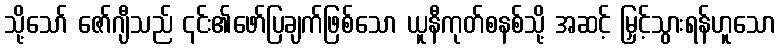
သို့သော် ဇော်ဂျီသည် ၎င်း၏ဖော်ပြချက်ဖြစ်သော ယူနီကုတ်စနစ်သို့ အဆင့် မြှင့်သွားရန်ဟူသော